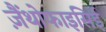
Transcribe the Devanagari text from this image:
ज़ैंथोफाइसिई